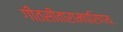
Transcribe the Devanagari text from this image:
गीतसीतारामपरिणयः